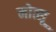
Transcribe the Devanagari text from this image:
मोत्सू